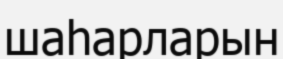
шаһарларын